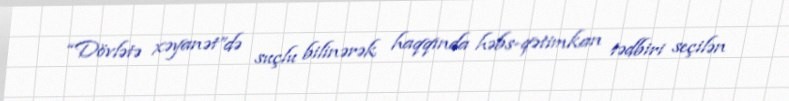
“Dövlətə xəyanət”də suçlu bilinərək haqqında həbs-qətimkan tədbiri seçilən